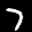
Label: 7